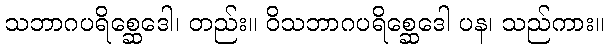
သဘာဂပရိစ္ဆေဒေါ၊ တည်း။ ဝိသဘာဂပရိစ္ဆေဒေါ ပန၊ သည်ကား။